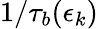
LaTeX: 1/\tau_{b}(\epsilon_{k})